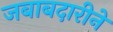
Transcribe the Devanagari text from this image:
जबाबदारीनें